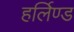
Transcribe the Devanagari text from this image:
हर्लिण्ड